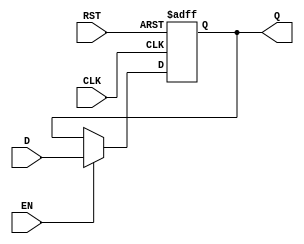
module IntermediateRegister #(
    parameter WIDTH = 8  // Parameterized width of the register
)(
    input wire [WIDTH-1:0] D,   // Data input
    input wire CLK,              // Clock input
    input wire RST,              // Asynchronous reset
    input wire EN,               // Enable signal (optional)
    output reg [WIDTH-1:0] Q     // Data output
);

    // Always block for the register functionality
    always @(posedge CLK or posedge RST) begin
        if (RST) begin
            Q <= {WIDTH{1'b0}};    // Reset output to zero
        end else if (EN) begin
            Q <= D;                // Capture input data on clock edge
        end
        // If EN is not asserted, Q retains its previous value
    end

endmodule